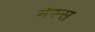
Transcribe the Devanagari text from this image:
नेस्स